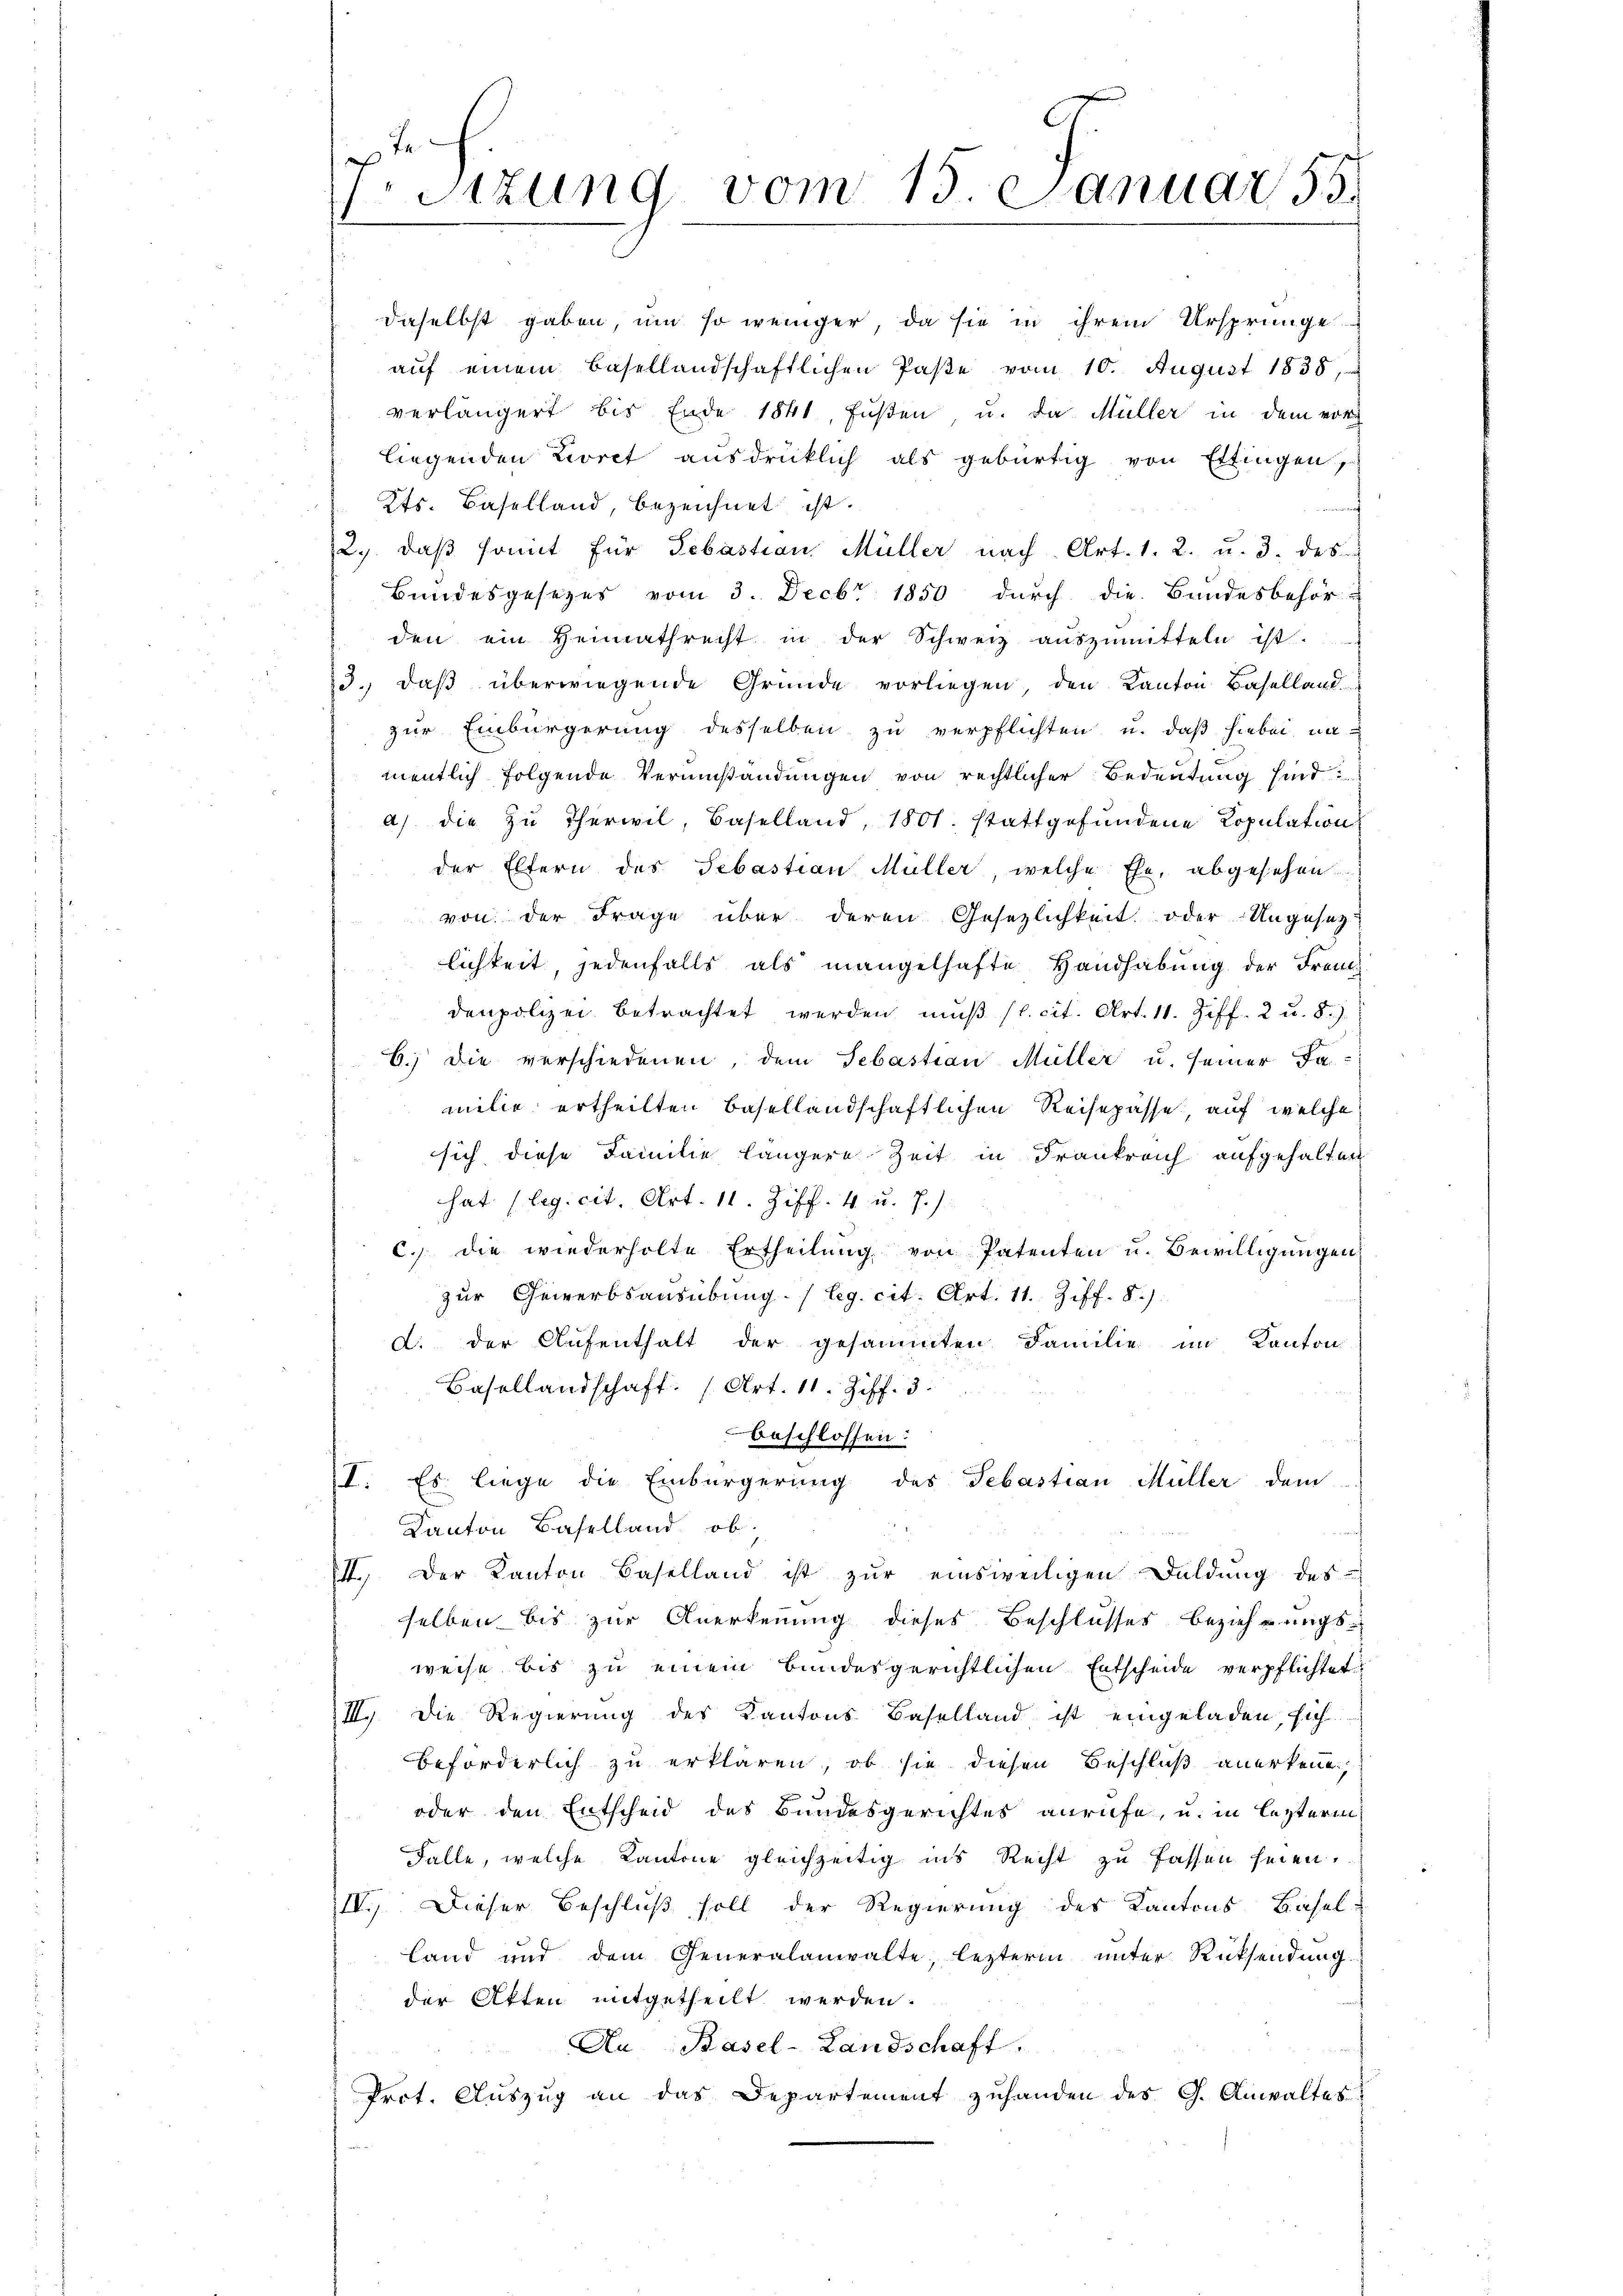
Sizung vom 15. Januar 55.
.

daselbst gaben, um so weniger, da sie in ihrem Ursprunge
auf einem Basellandschaftlichen Paße vom 10. August 1838,
verlängert bis Ende 1841, Füßen u. da Müller in dem vor
liegenden Livret ausdrücklich als gebürtig von Ettingen,
Kts. Baselland, bezeichnet ist.
2. daβ somit für Sebastian Müller nach Art. 1. 2. u. 3. des
Bundesgesezes vom 3. Decbr 1850 durch die Bundesbehör
den ein Heimathrecht in der Schweiz auszumitteln ist.
3. daß überwiegende Gründe vorliegen, den Kanton Baselland
zur Einbürgerung desselben zu verpflichten u. daß hiebei, namentlich folgende Verumständungen von rechtlicher Bedeutung sind:
a) die zu Therwil, Baselland, 1801. stattgefundene Copulation
der Eltern des Sebastian Müller, welche Ehe, abgesehen
von der Frage über deren Gesezlichkeit oder Ungesetz-
lichkeit, jedenfalls als mangelhafte Handhabung der Freu
denpolizei betrachtet werden muß (l. cit. Art. 11. Ziff. 2 u. 8.
B.) Die verschiedenen, dem Sebastian Müller u. seiner Familie ertheilten Basellandschaftlichen Reisepässe, auf welche
sich diese Familie längere Zeit in Frankreich aufgehalten
hat (leg. cit. Art. 11. Ziff. 4 u. J.)
c.) die wiederholte Ertheilung von Patenten u. Bewilligungen
zur Gewerbsausübung (leg. cit. Art. 11. Ziff. 8.
a. der Aufenthalt der gesammten Familie im Kanton
Basellandschaft (Art. 11. Ziff. 3.
beschlossen:
II. Es liege die Einbürgerung des Sebastian Müller dem
Kanton Baselland ob
II. Der Kanton Baselland ist zur einsweiligen Duldung des
selben bis zur Anerkennung dieses Beschlusses beziehungsweise bis zu einem bundesgerichtlichen Entscheide verpflichtet
III. Die Regierung des Kantons Baselland ist eingeladen, sich
beförderlich zu erklären, ob sie diesen Beschluß anerkenne,
oder den Entscheid des Bundesgerichtes anrufe, u. in leztere
Falle, welche Kantone gleichzeitig ins Recht zu fassen seien.
IV. Dieser Beschluß soll der Regierung des Kantons Basel-
Land und dem Generalanwalte, lezterm unter Rücksendung
der Atten mitgetheilt werden.
An Basel-Landschaft.
Prot. Auszug an das Departement zuhanden des G. Anwaltes